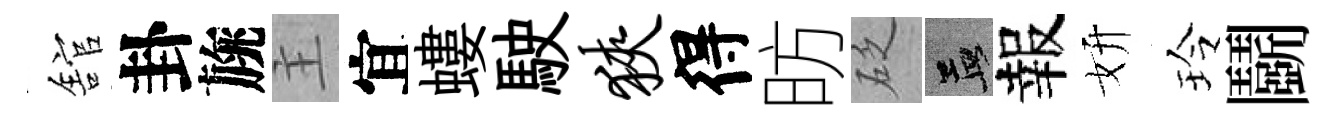
舘卦旐主宜螻駛狭得昉砭孟報妍玲鬬